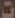
ت